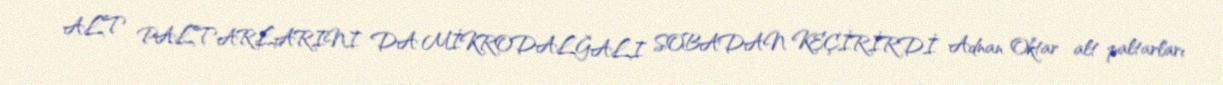
ALT PALTARLARINI DA MİKRODALĞALI SOBADAN KEÇİRİRDİ Adnan Oktar alt paltarları